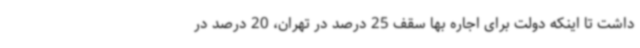
داشت تا اینکه دولت برای اجاره بها سقف 25 درصد در تهران، 20 درصد در